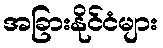
အခြားနိုင်ငံများ